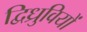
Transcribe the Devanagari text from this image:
द्विध्रुवियों